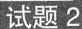
试题2